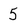
Character: 5